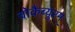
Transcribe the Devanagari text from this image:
वोकैब्युरम्